Vaccination in the Punjab 1867-1880 - 1867-1880
Year: 1867
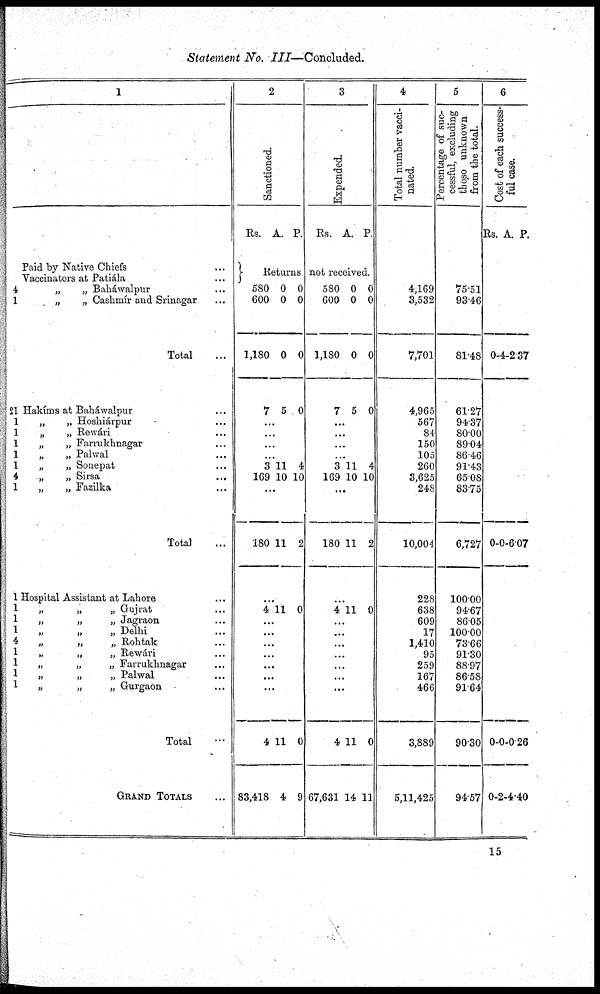
Statement No. III—Concluded.
1
4
1
21
1
1
1
1
1
4
1
1
1
1
1
4
1
1
1
1
Paid by Native Chiefs ...
Vaccinators at Patiála ...
„
„ Baháwalpur ...
„
„ Cashmír and Srinagar ...
Total ...
Hakíms at Baháwalpur ...
„
„ Hoshiárpur ...
„
„ Rewári ...
„
„ Farrukhnagar ...
„
„ Palwal ...
„
„ Sonepat ...
„
„ Sirsa ...
„
„ Fazilka ...
Total ...
Hospital Assistant at Lahore ...
„
„
„ Gujrat ...
„
„
„ Jagraon ...
„
„
„ Delhi ...
„
„
„ Rohtak ...
„
„
„ Rewári ...
„
„
„ Farrukhnagar ...
„
„
„ Palwal ...
„
„
„ Gurgaon ...
Total ...
GRAND TOTALS ...
2
Sanctioned.
Rs. A. P.
Returns
580
600
1,180
7
0
0
0
5
0
0
0
0
...
...
...
...
3
169
11
10
4
10
...
180 11 2
...
4 11 0
...
...
...
...
...
...
...
4
83,418
11
4
0
9
3
Expended.
Rs. A. P.
not received.
580
600
1,180
7
0
0
0
5
0
0
0
0
...
...
...
...
3
169
11
10
4
10
...
180 11 2
...
4 11 0
...
...
...
...
...
...
...
4
67,631
11
14
0
11
4
Total number vacci-
nated.
4,169
3,532
7,701
4,965
567
84
150
105
260
3,625
248
10,004
228
638
609
17
1,410
95
259
167
466
3,889
5,11,425
5
Percentage of suc-
cessful, excluding
thoso unknown
from the total.
75.51
93.46
81.48
61.27
94.37
80.00
89.04
86.46
91.43
65.08
83.75
6,727
100.00
94.67
86.05
100.00
73.66
91.30
88.97
86.58
91.64
90.30
94.57
6
Cost of each success-
ful case.
Rs. A. P.
0
0
0
0
4
0
0
2
2.37
6.07
0.26
4.40
15